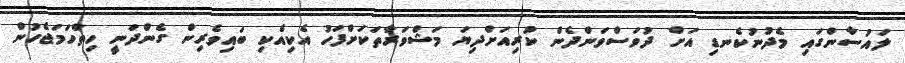
ލައުސާންގައި މެދުނުކެނޑި އަށް ދުވަސްވަންދެން ކުރިއަށްދިޔަ މަޝްވަރާތަކަށްފަހު އެކިއެކި ބައިވެރިން ގެންދަނީ ހިތްހަމަޖެހުން